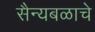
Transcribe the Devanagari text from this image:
सैन्यबळाचे